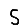
Digit: 5